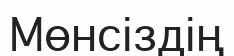
Мөнсіздің